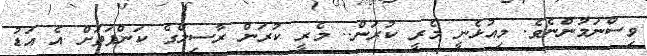
ވިސްނަމުންނެވެ. މިއުޅެނީ މެރީ ކުރަން.. މެރީ ކުރަން ރާސިލްގެ ކަންފަތަށް އެ އަޑު